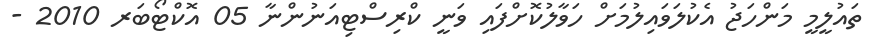
ތައުލީމީ މަންހަޖު އެކުލަވައިލުމަށް ހަވާލުކޮށްފައި ވަނީ ކްރިސްޓިއަނުންނާ 05 އޮކްޓޯބަރ 2010 -